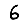
Digit: 6